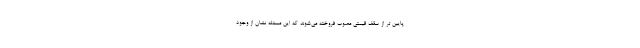
پایین تر از سقف قیمتی مصوب فروخته می‌شوند که این مسئله نشان از وجود